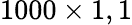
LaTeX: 1000\times 1,1